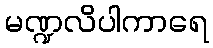
မဏ္ဍလိပါကာရေ